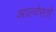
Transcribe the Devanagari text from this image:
आल्वेरतो